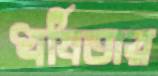
ধর্ষিতার